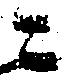
ニ